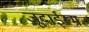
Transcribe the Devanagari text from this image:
जूदाईस्म